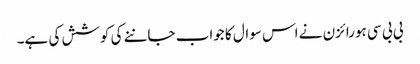
بی بی سی ہورائزن نے اس سوال کا جواب جاننے کی کوشش کی ہے۔